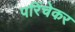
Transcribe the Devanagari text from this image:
परिंचेकर